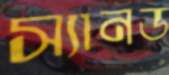
স্যানড